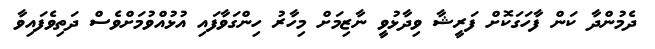
ދެމުންދާ ކަން ފާހަގަކޮށް ފަރީޝާ ވިދާޅުވީ ނާޒިމަށް މިހާރު ހިންގަވާފައި އުޅުއްވުމަށްވެސް ދަތިވެފައިވާ